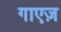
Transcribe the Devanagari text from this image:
गाएज़